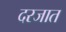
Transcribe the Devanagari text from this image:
दरजात